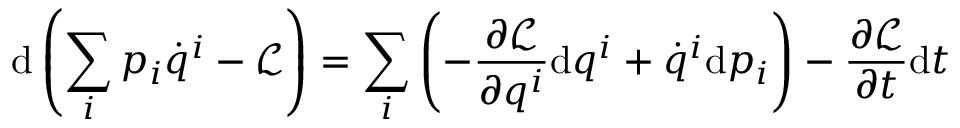
\mathrm { d } \left( \sum _ { i } p _ { i } { \dot { q } } ^ { i } - { \mathcal { L } } \right) = \sum _ { i } \left( - { \frac { \partial { \mathcal { L } } } { \partial q ^ { i } } } \mathrm { d } q ^ { i } + { \dot { q } } ^ { i } \mathrm { d } p _ { i } \right) - { \frac { \partial { \mathcal { L } } } { \partial t } } \mathrm { d } t